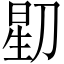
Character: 𬀶